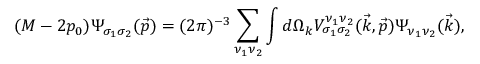
( { \cal M } - 2 p _ { 0 } ) \Psi _ { \sigma _ { 1 } \sigma _ { 2 } } ( \vec { p } ) = ( 2 \pi ) ^ { - 3 } \sum _ { \nu _ { 1 } \nu _ { 2 } } \int d \Omega _ { k } V _ { \sigma _ { 1 } \sigma _ { 2 } } ^ { \nu _ { 1 } \nu _ { 2 } } ( \vec { k } , \vec { p } ) \Psi _ { \nu _ { 1 } \nu _ { 2 } } ( \vec { k } ) ,